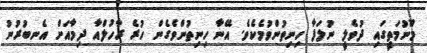
މޫނުމަތީގައި ދުވެލީ ނުލަފާ ހިނިތުންވުމެކެވެ. އޭނާ ހިނިތުންވެގެން ހުރެ ރާހުލްއާ ދިމާއަށް އެނބުރުނު